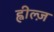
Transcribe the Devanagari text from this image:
ह्वील्ज़